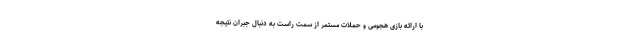
با ارائه بازی هجومی و حملات مستمر از سمت راست به دنبال جبران نتیجه